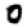
Digit: 0